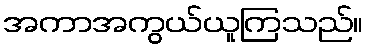
အကာအကွယ်ယူကြသည်။